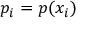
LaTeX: p _ { i } = p ( x _ { i } )